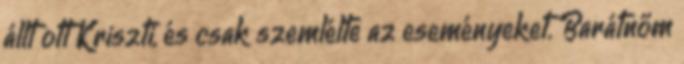
állt ott Kriszti, és csak szemlélte az eseményeket. Barátnőm